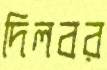
দিলবর